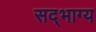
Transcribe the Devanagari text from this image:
सद्‌भाग्य